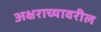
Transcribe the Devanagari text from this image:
अक्षराच्यावरील